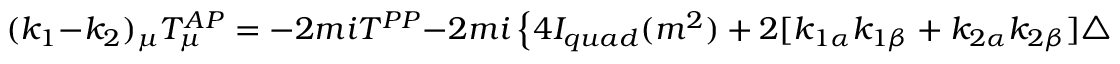
( k _ { 1 } - k _ { 2 } ) _ { \mu } T _ { \mu } ^ { A P } = - 2 m i T ^ { P P } - 2 m i \left\{ 4 I _ { q u a d } ( m ^ { 2 } ) + 2 [ k _ { 1 \alpha } k _ { 1 \beta } + k _ { 2 \alpha } k _ { 2 \beta } ] \triangle _ { \alpha \beta } \right\} .